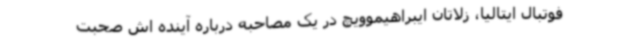
فوتبال ایتالیا، زلاتان ایبراهیموویچ در یک مصاحبه درباره آینده اش صحبت